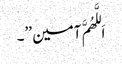
اَللَّھُمَّ آمین ’’۔